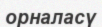
орналасү